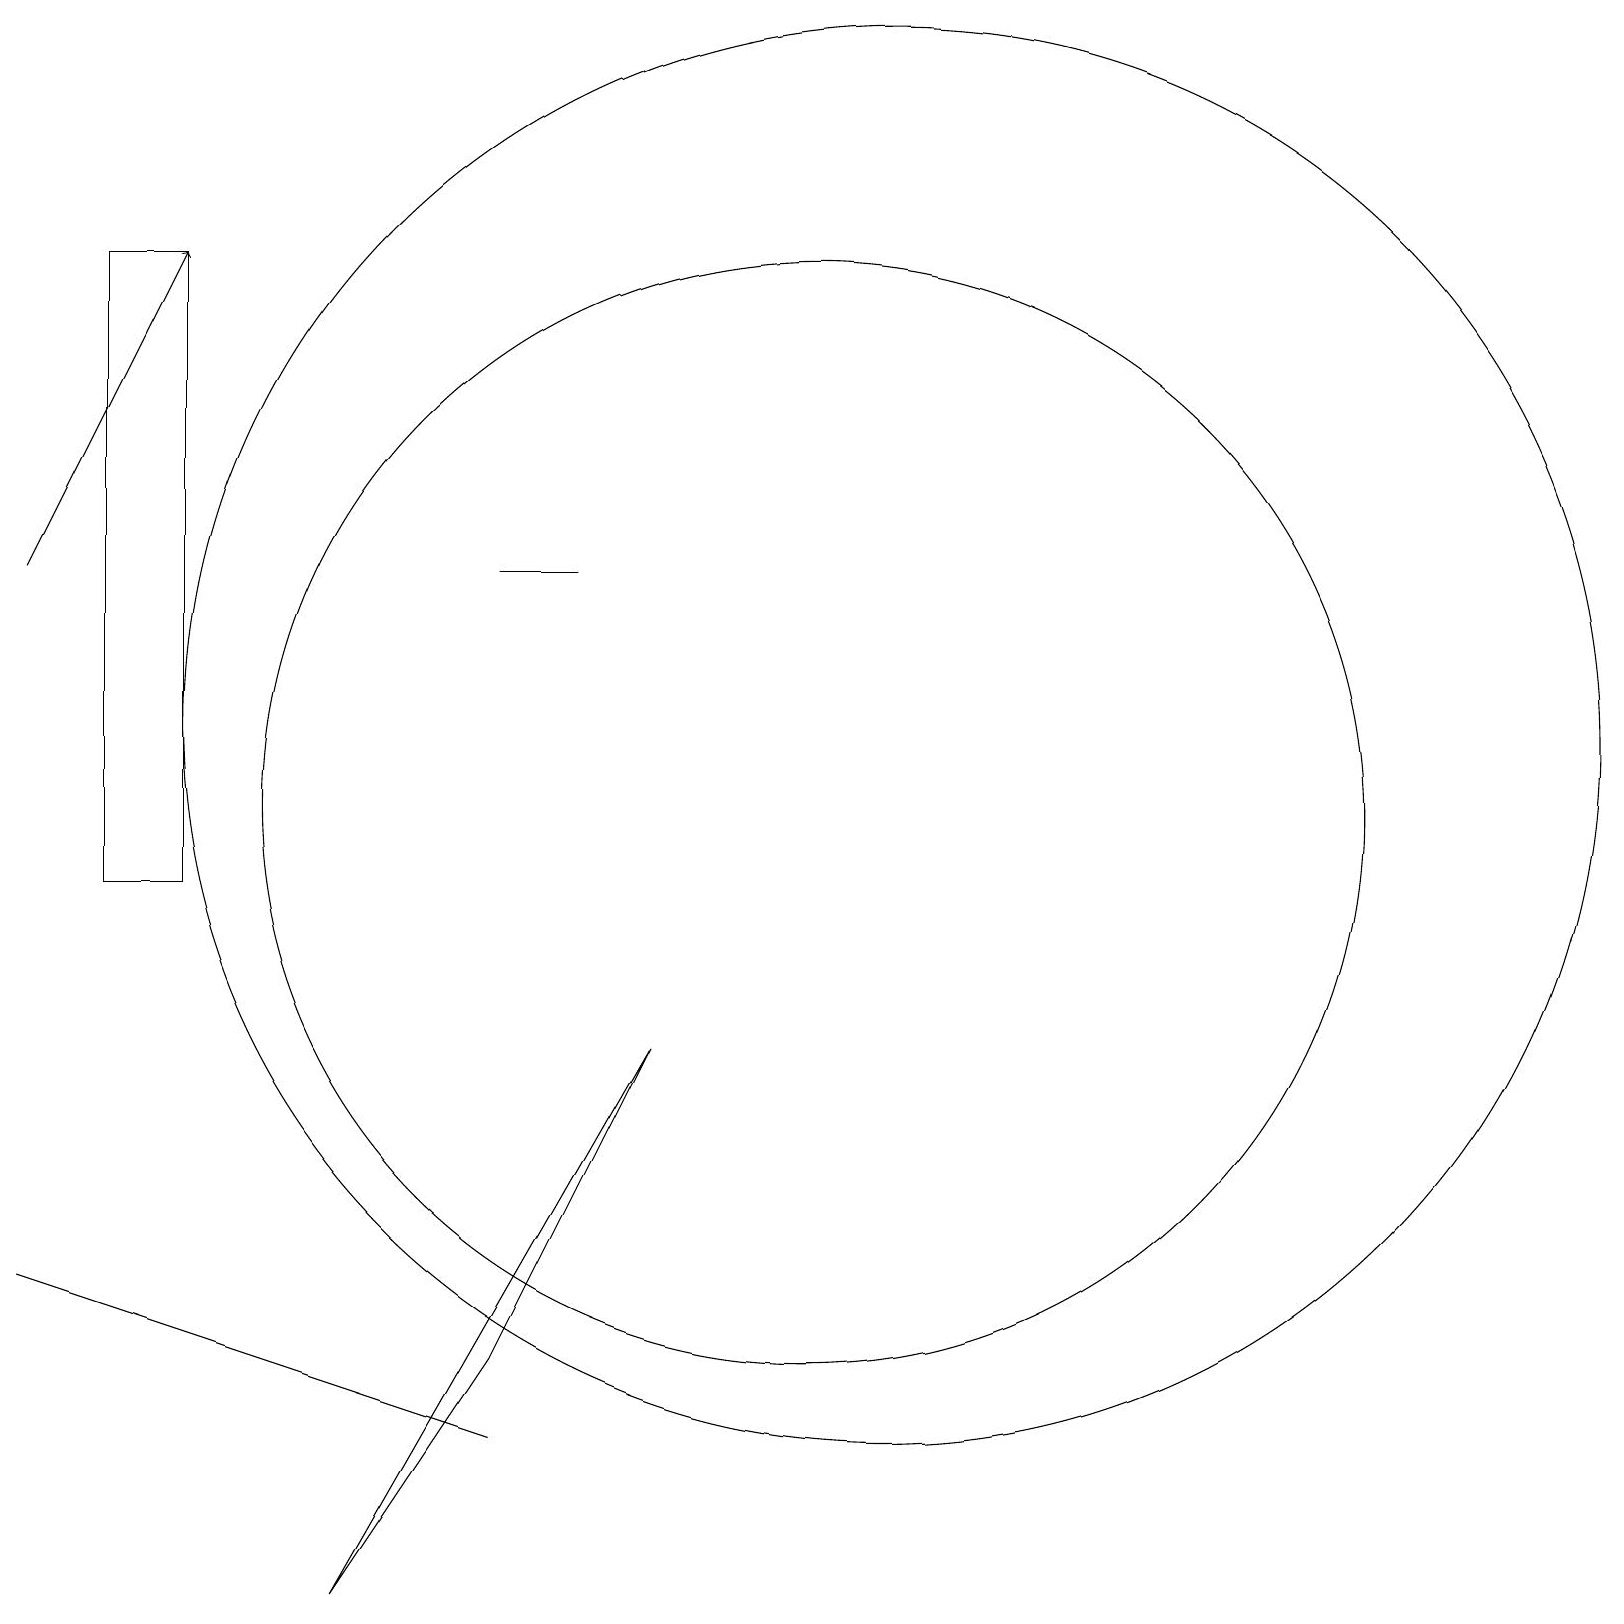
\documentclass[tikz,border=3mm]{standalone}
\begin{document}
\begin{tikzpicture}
\draw (12,12) circle (9);
\draw (3,10) rectangle (2,18);
\draw (11,11) circle (7);
\draw (4,4) -- (1,5) -- (7,3) -- cycle;
\draw (8,14) rectangle (7,14);
\draw[->] (1,14) -- (3,18);
\draw (7,4) -- (5,1) -- (9,8) -- cycle;
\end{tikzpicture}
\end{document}